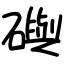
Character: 礖